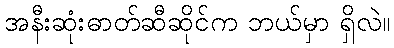
အနီးဆုံးဓာတ်ဆီဆိုင်က ဘယ်မှာ ရှိလဲ။